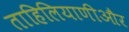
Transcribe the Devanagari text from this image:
ताहिलियाणीऔर